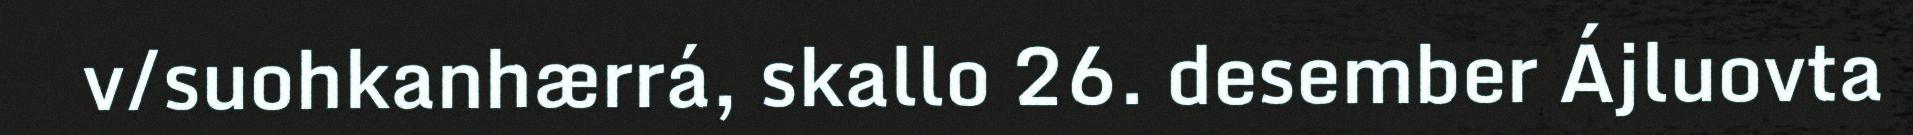
v/suohkanhærrá, skallo 26. desember Ájluovta